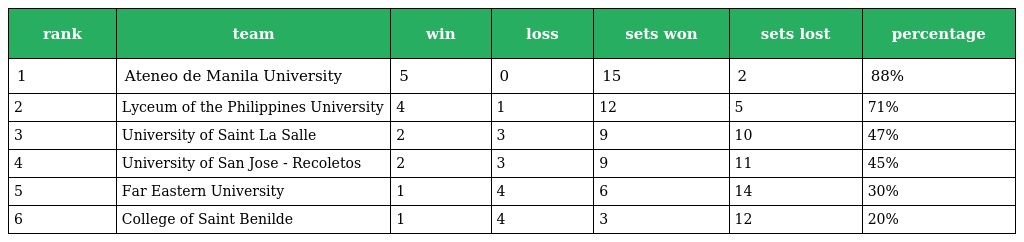
| rank | team | win | loss | sets won | sets lost | percentage |
 | --- | --- | --- | --- | --- | --- | --- |
 | 1 | Ateneo de Manila University | 5 | 0 | 15 | 2 | 88% |
 | 2 | Lyceum of the Philippines University | 4 | 1 | 12 | 5 | 71% |
 | 3 | University of Saint La Salle | 2 | 3 | 9 | 10 | 47% |
 | 4 | University of San Jose - Recoletos | 2 | 3 | 9 | 11 | 45% |
 | 5 | Far Eastern University | 1 | 4 | 6 | 14 | 30% |
 | 6 | College of Saint Benilde | 1 | 4 | 3 | 12 | 20% |